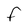
Character: F